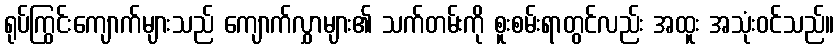
ရုပ်ကြွင်းကျောက်များသည် ကျောက်လွှာများ၏ သက်တမ်းကို စူးစမ်းရာတွင်လည်း အထူး အသုံးဝင်သည်။